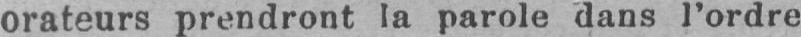
orateurs prendront la parole dans l’ordre